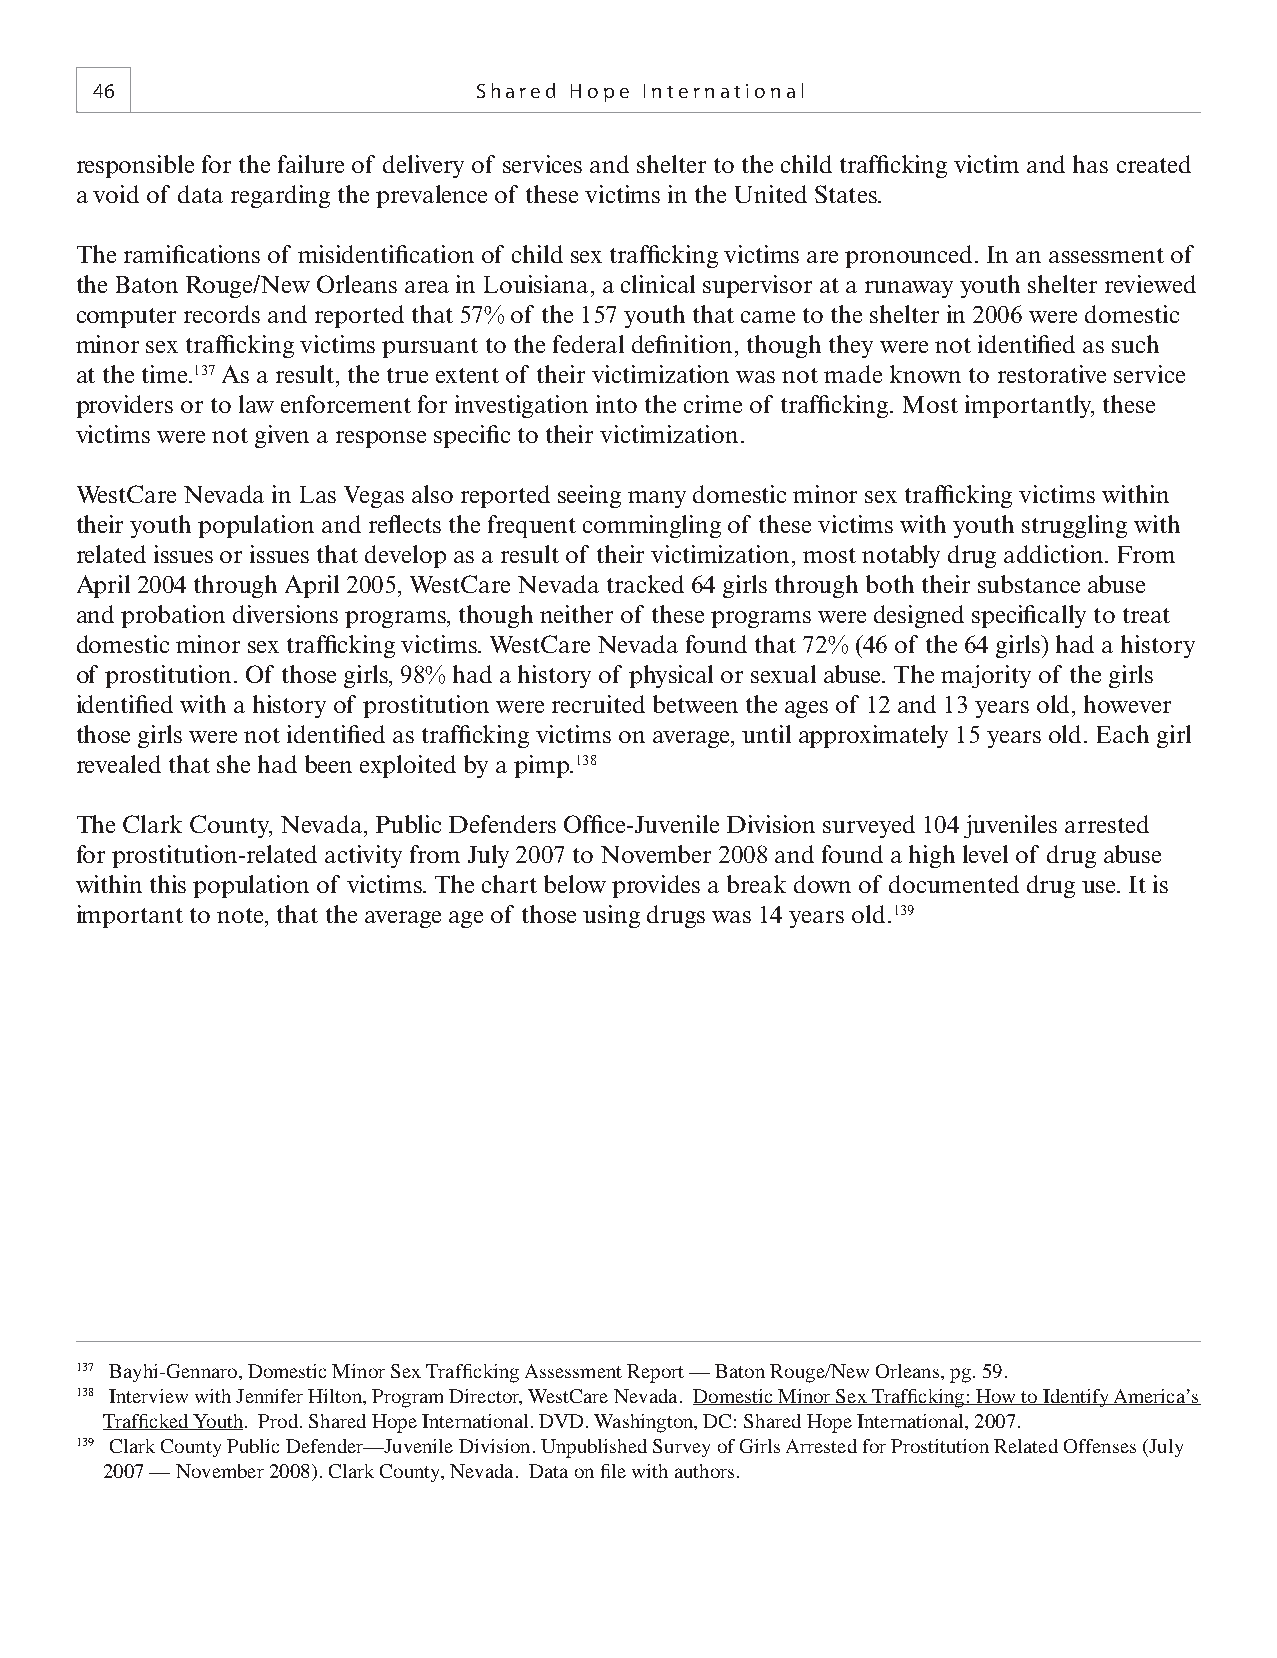
46                       Shared Hope International
 responsible for the failure of delivery of services and shelter to the child traffi cking victim and has created
 a void of data regarding the prevalence of these victims in the United States.
 The ramifi cations of misidentifi cation of child sex traffi cking victims are pronounced. In an assessment of
 the Baton Rouge/New Orleans area in Louisiana, a clinical supervisor at a runaway youth shelter reviewed
 computer records and reported that 57% of the 157 youth that came to the shelter in 2006 were domestic
 minor sex traffi cking victims pursuant to the federal defi nition, though they were not identifi ed as such
 at the time.137 As a result, the true extent of their victimization was not made known to restorative service
 providers or to law enforcement for investigation into the crime of traffi cking. Most importantly, these
 victims were not given a response specifi c to their victimization.
 WestCare Nevada in Las Vegas also reported seeing many domestic minor sex traffi cking victims within
 their youth population and refl ects the frequent commingling of these victims with youth struggling with
 related issues or issues that develop as a result of their victimization, most notably drug addiction. From
 April 2004 through April 2005, WestCare Nevada tracked 64 girls through both their substance abuse
 and probation diversions programs, though neither of these programs were designed specifi cally to treat
 domestic minor sex traffi cking victims. WestCare Nevada found that 72% (46 of the 64 girls) had a history
 of prostitution. Of those girls, 98% had a history of physical or sexual abuse. The majority of the girls
 identifi ed with a history of prostitution were recruited between the ages of 12 and 13 years old, however
 those girls were not identifi ed as traffi cking victims on average, until approximately 15 years old. Each girl
 revealed that she had been exploited by a pimp.138
 The Clark County, Nevada, Public Defenders Offi ce-Juvenile Division surveyed 104 juveniles arrested
 for prostitution-related activity from July 2007 to November 2008 and found a high level of drug abuse
 within this population of victims. The chart below provides a break down of documented drug use. It is
 important to note, that the average age of those using drugs was 14 years old.139
 137 Bayhi-Gennaro, Domestic Minor Sex Traffi cking Assessment Report — Baton Rouge/New Orleans, pg. 59.
 138 Interview with Jennifer Hilton, Program Director, WestCare Nevada. Domestic Minor Sex Traffi cking: How to Identify America’s
 Traffi cked Youth. Prod. Shared Hope International. DVD. Washington, DC: Shared Hope International, 2007.
 139 Clark County Public Defender—Juvenile Division. Unpublished Survey of Girls Arrested for Prostitution Related Offenses (July
 2007 — November 2008). Clark County, Nevada. Data on fi le with authors.